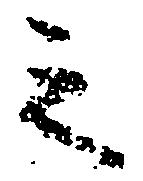
之